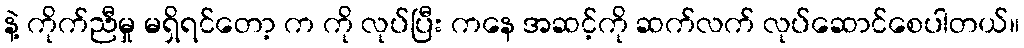
နဲ့ ကိုက်ညီမှု မရှိရင်တော့ က ကို လုပ်ပြီး ကနေ အဆင့်ကို ဆက်လက် လုပ်ဆောင်စေပါတယ်။